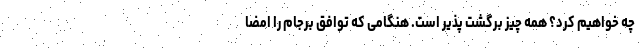
چه خواهیم کرد؟ همه چیز برگشت پذیر است. هنگامی که توافق برجام را امضا